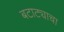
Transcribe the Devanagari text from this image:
बटाट्याचा